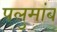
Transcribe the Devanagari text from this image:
पलुमांब